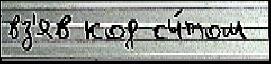
вз'яв код сч́том